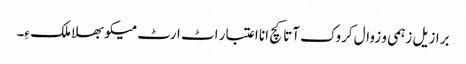
برازیل زہمی و زوال کروک آتا کچ انا اعتبار اٹ ارٹ میکو بھلا ملک ءِ۔